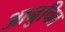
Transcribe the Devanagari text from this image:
आनुचित